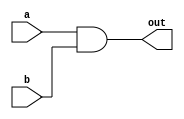
module and1(out, a, b);
    // Input
    input  a, b;
    
    // Output
    output out;
    
    and and1(out, a, b);
endmodule